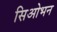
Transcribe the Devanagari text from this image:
सिओभन